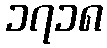
၁၇၁၈